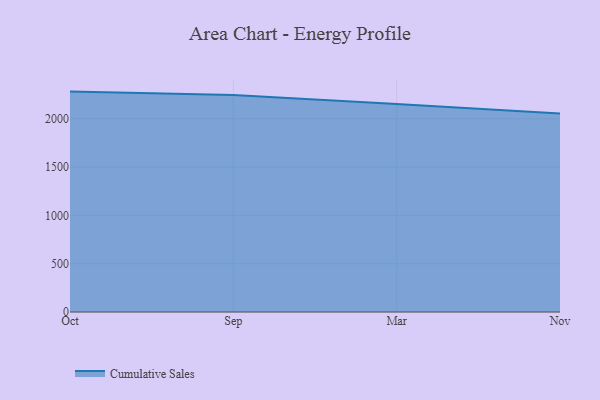
{"axis": {"x": "Month", "y": "Revenue (USD Million)"}, "legend": ["Cumulative Sales"], "data": [{"x": "Oct", "y": 2280.8, "type": "Cumulative Sales"}, {"x": "Sep", "y": 2244.5, "type": "Cumulative Sales"}, {"x": "Mar", "y": 2151.7, "type": "Cumulative Sales"}, {"x": "Nov", "y": 2053.9, "type": "Cumulative Sales"}]}